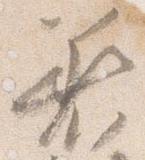
着